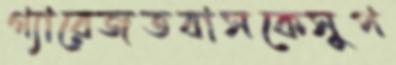
গ্যারেজতবাসকেসুপ